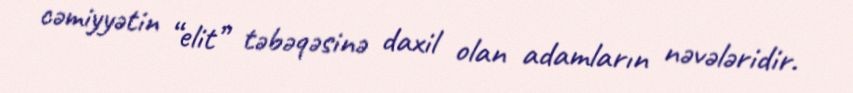
cəmiyyətin “elit” təbəqəsinə daxil olan adamların nəvələridir.